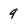
Character: 9